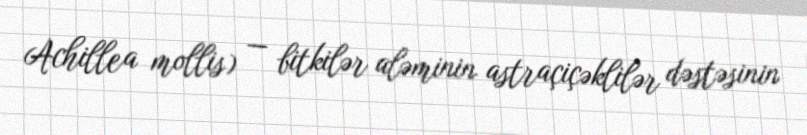
Achillea mollis) — bitkilər aləminin astraçiçəklilər dəstəsinin